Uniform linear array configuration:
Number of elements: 48
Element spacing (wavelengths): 0.25
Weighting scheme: cosine
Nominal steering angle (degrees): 15
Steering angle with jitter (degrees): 14.412
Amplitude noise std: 0.05
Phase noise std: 0.05

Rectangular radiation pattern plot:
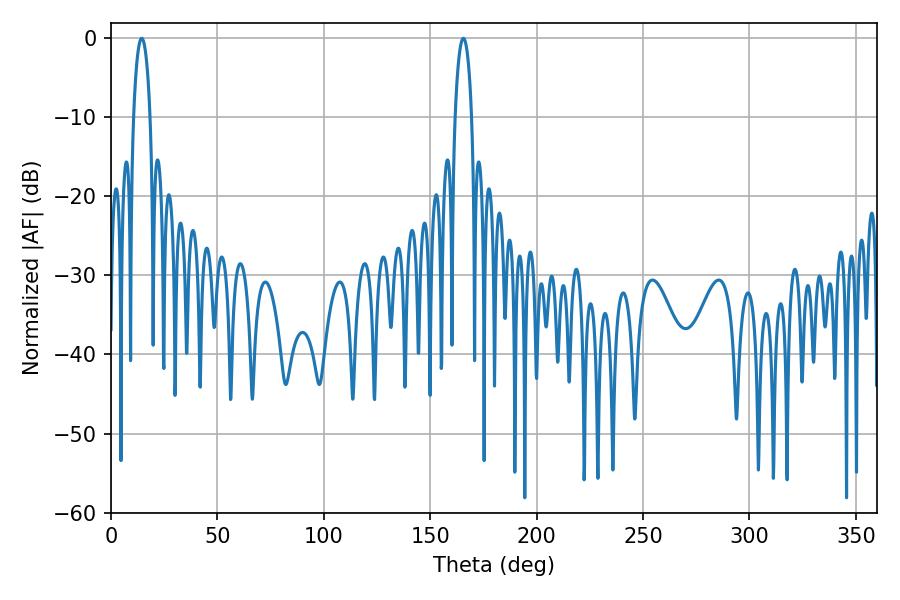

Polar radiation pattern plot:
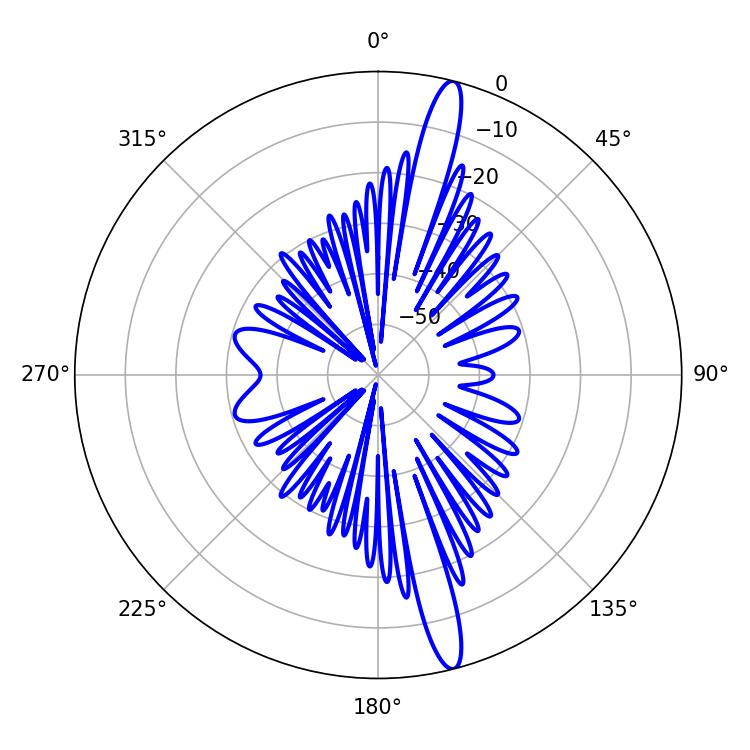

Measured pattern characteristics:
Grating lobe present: FALSE
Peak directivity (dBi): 16.675
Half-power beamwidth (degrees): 4.32
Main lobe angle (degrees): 14.4